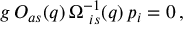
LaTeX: g \, O _ { a s } ( q ) \, \Omega _ { \ i s } ^ { - 1 } ( q ) \, p _ { i } = 0 \, ,